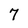
Character: 7